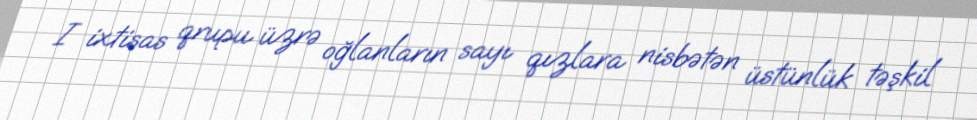
I ixtisas qrupu üzrə oğlanların sayı qızlara nisbətən üstünlük təşkil